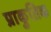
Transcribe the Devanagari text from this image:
प्राकुतिक